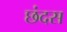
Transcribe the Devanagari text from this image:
छंदस